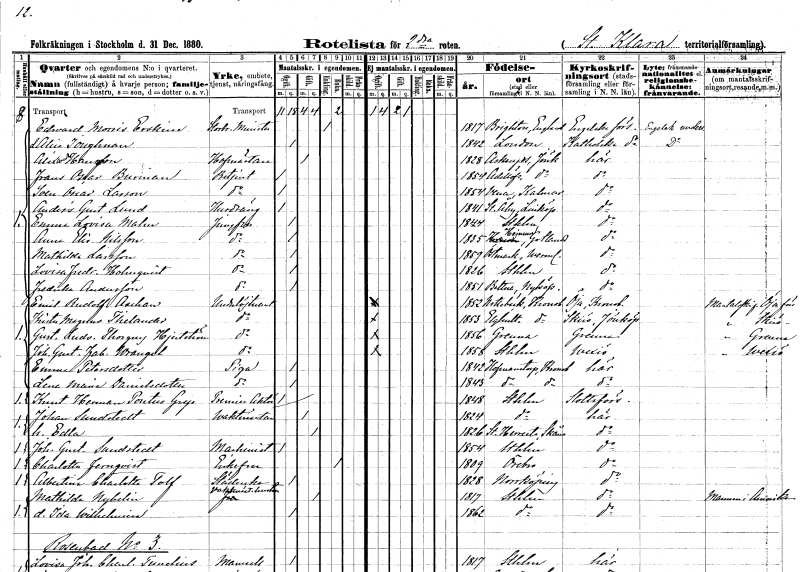
gt_parse: households: individuals: FN: Edward Morris
EN: Erskine
YRKE: Minister storbrittisk
KON: M
CIV: E
FODAR: 1817
FN: Alice
EN: Ioughnan
KON: K
CIV: O
FODAR: 1842
FN: Alexander
EN: Hansson
YRKE: Hovmästare
KON: M
CIV: G
FODAR: 1828
FODFORS: Askeryd Jönköpings län
FN: Frans Oscar
EN: Burman
YRKE: Betjänt
KON: M
CIV: O
FODAR: 1854
FODFORS: Adelöv Jönköpings län
FN: Sven Oscar
EN: Larson
YRKE: Betjänt
KON: M
CIV: O
FODAR: 1854
FODFORS: Vena Kalmar län
FN: Anders Gustaf
EN: Lind
YRKE: Husdräng
KON: M
CIV: O
FODAR: 1841
FODFORS: Stora Åby Östergötlands län
FN: Emma Lovisa
EN: Malm
YRKE: Jungfru
KON: K
CIV: O
FODAR: 1844
FODFORS: Stockholm
FN: Anna Elisabet
EN: Nilsson
YRKE: Jungfru
KON: K
CIV: O
FODAR: 1835
FODFORS: Hejnum Gotlands län
FN: Mathilda
EN: Larsson
YRKE: Jungfru
KON: K
CIV: O
FODAR: 1859
FODFORS: Östmark Värmlands län
FN: Lovisa Fredrika
EN: Holmqvist
YRKE: Jungfru
KON: K
CIV: O
FODAR: 1826
FODFORS: Stockholm
FN: Fredrika
EN: Andersson
YRKE: Jungfru
KON: K
CIV: O
FODAR: 1851
FODFORS: Bettna Södermanlands län
FN: Emil Rudolf
EN: Aschan
YRKE: Underlöjtnant
KON: M
CIV: O
FODAR: 1852
FODFORS: Nottebäck Kronobergs län
FN: Krister Magnus
EN: Thelander
YRKE: Underlöjtnant
KON: M
CIV: O
FODAR: 1853
FODFORS: Älghult Kronobergs län
FN: Gustaf Ludvig Thorgny
EN: Hjertström
YRKE: Underlöjtnant
KON: M
CIV: O
FODAR: 1856
FODFORS: Gränna Jönköpings län
FN: Johan Gustaf Jakob
EN: Wrangel
YRKE: Underlöjtnant
KON: M
CIV: O
FODAR: 1858
FODFORS: Stockholm
FN: Emma
EN: Petersdotter
YRKE: Piga
KON: K
CIV: O
FODAR: 1842
FODFORS: Hovmantorp Kronobergs län
FN: Lena Marie
EN: Danielsdotter
YRKE: Piga
KON: K
CIV: O
FODAR: 1843
FODFORS: Hovmantorp Kronobergs län
FN: Knut Herman Pontus
EN: Grip
YRKE: Premieraktör
KON: M
CIV: O
FODAR: 1848
FODFORS: Stockholm
FN: Johan
EN: Sundstedt
YRKE: Vaktmästare
KON: M
CIV: G
FODAR: 1824
FODFORS: Stockholm
FN: Edla
KON: K
CIV: G
FODAR: 1826
FODFORS: Stora Herrestad Malmöhus län
FN: Johan Gustaf
EN: Sundstedt
YRKE: Maskinist
KON: M
CIV: O
FODAR: 1854
FODFORS: Stockholm
FN: Charlotta
EN: Fernqvist
KON: K
CIV: E
FODAR: 1809
FODFORS: Örebro Örebro län
FN: Albertina Charlotta
EN: Tolf
YRKE: Städerska
KON: K
CIV: O
FODAR: 1828
FODFORS: Norrköping Östergötlands län
FN: Mathilda
EN: Nybelin
YRKE: Vaktmästarehustru
KON: K
CIV: G
FODAR: 1817
FODFORS: Stockholm
FN: Ida Wilhelmina
KON: K
CIV: O
FODAR: 1862
FODFORS: Stockholm